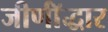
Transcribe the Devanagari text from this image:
जीर्णॉद्धार